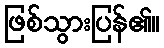
ဖြစ်သွားပြန်၏။